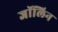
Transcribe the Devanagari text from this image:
जॉलिन